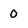
Character: 0